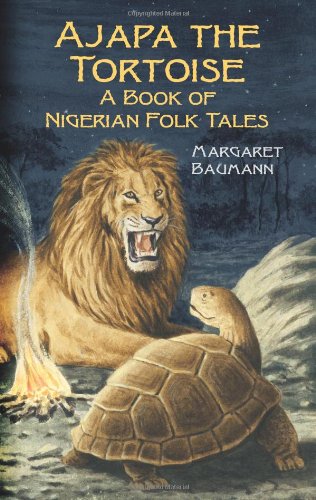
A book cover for Ajapa the Tortoise: A Book of Nigerian Folk Tales (Dover Children's Classics); Margaret Baumann; Children's Books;